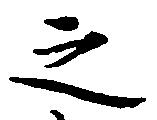
之